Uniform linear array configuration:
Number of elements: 12
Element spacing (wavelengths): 0.75
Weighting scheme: hann
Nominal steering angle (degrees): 60
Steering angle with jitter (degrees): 61.7
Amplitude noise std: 0.05
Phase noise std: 0.05

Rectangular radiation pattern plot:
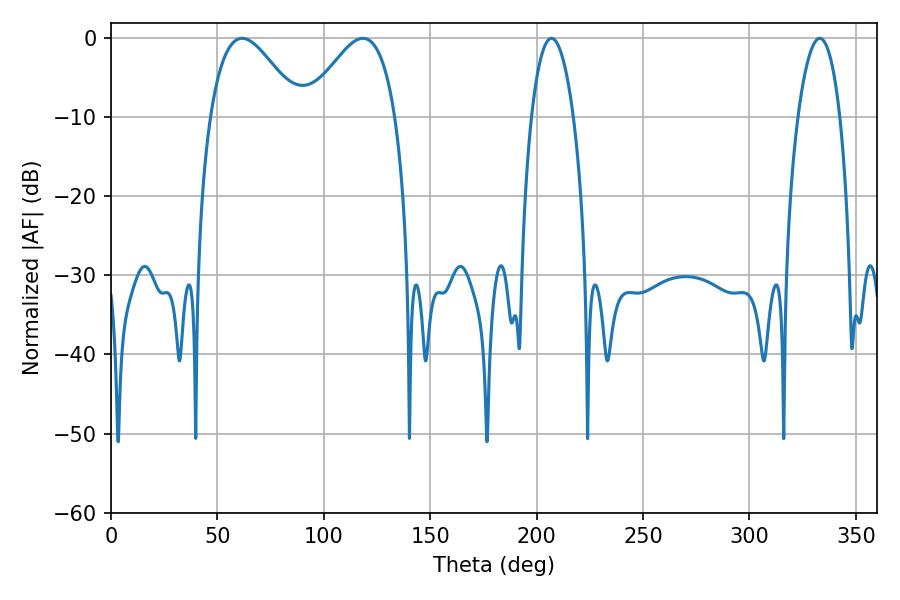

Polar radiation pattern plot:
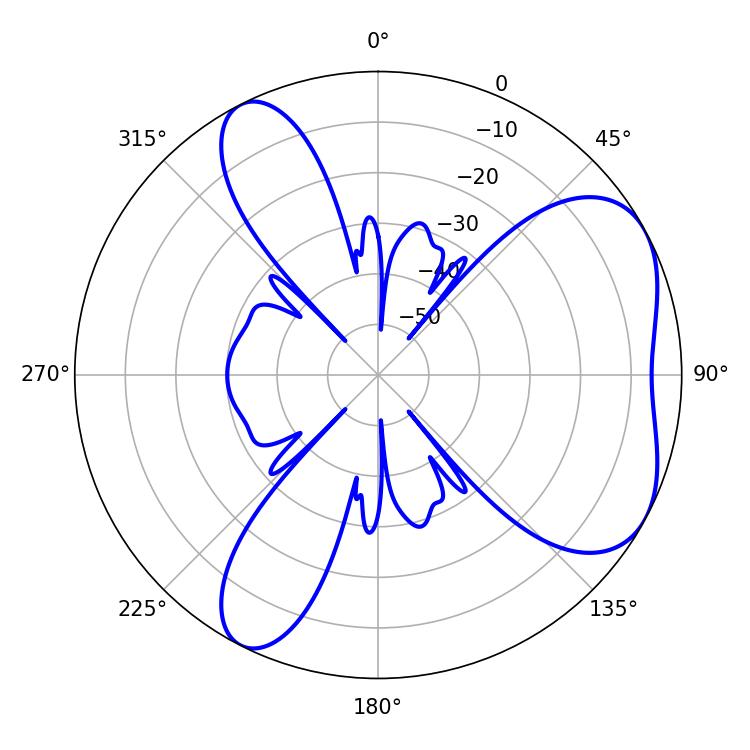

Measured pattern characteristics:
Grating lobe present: TRUE
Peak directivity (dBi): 5.272
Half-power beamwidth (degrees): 10.98
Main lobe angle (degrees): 207